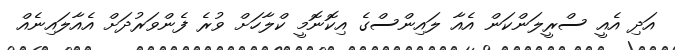
އަދި އެއީ ސްރީލަންކަން އެއާ ލައިންސްގެ އިކޮނޮމީ ކްލާހަށް ވުރެ ފެންވަރުދަށް އެއާލައިނެއް